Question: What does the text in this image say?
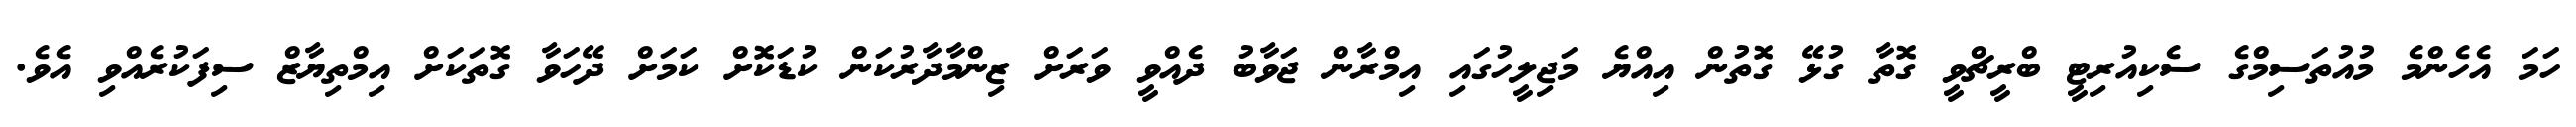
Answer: ހަމަ އެހެންމެ މުއުތަސިމްގެ ސެކިއުރިޓީ ބްރީޗްވީ ގޮތާ ގުޅޭ ގޮތުން އިއްޔެ މަޖިލީހުގައި އިމްރާން ޖަވާބު ދެއްވީ ވަރަށް ޒިންމާދާރުކަން ކުޑަކޮށް ކަމަށް ދޭހަވާ ގޮތަކަށް އިމްތިޔާޒް ސިފަކުރެއްވި އެވެ.